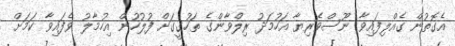
އެގޮތުން ގެއްލިފައިވާ ނޫސްވެރިޔާ އަހުމަދު ރިލްވާންގެ ތަހުގީގަށް ފުލުހުން އިހުމާލު ވެފައިވާ ކަމަށް